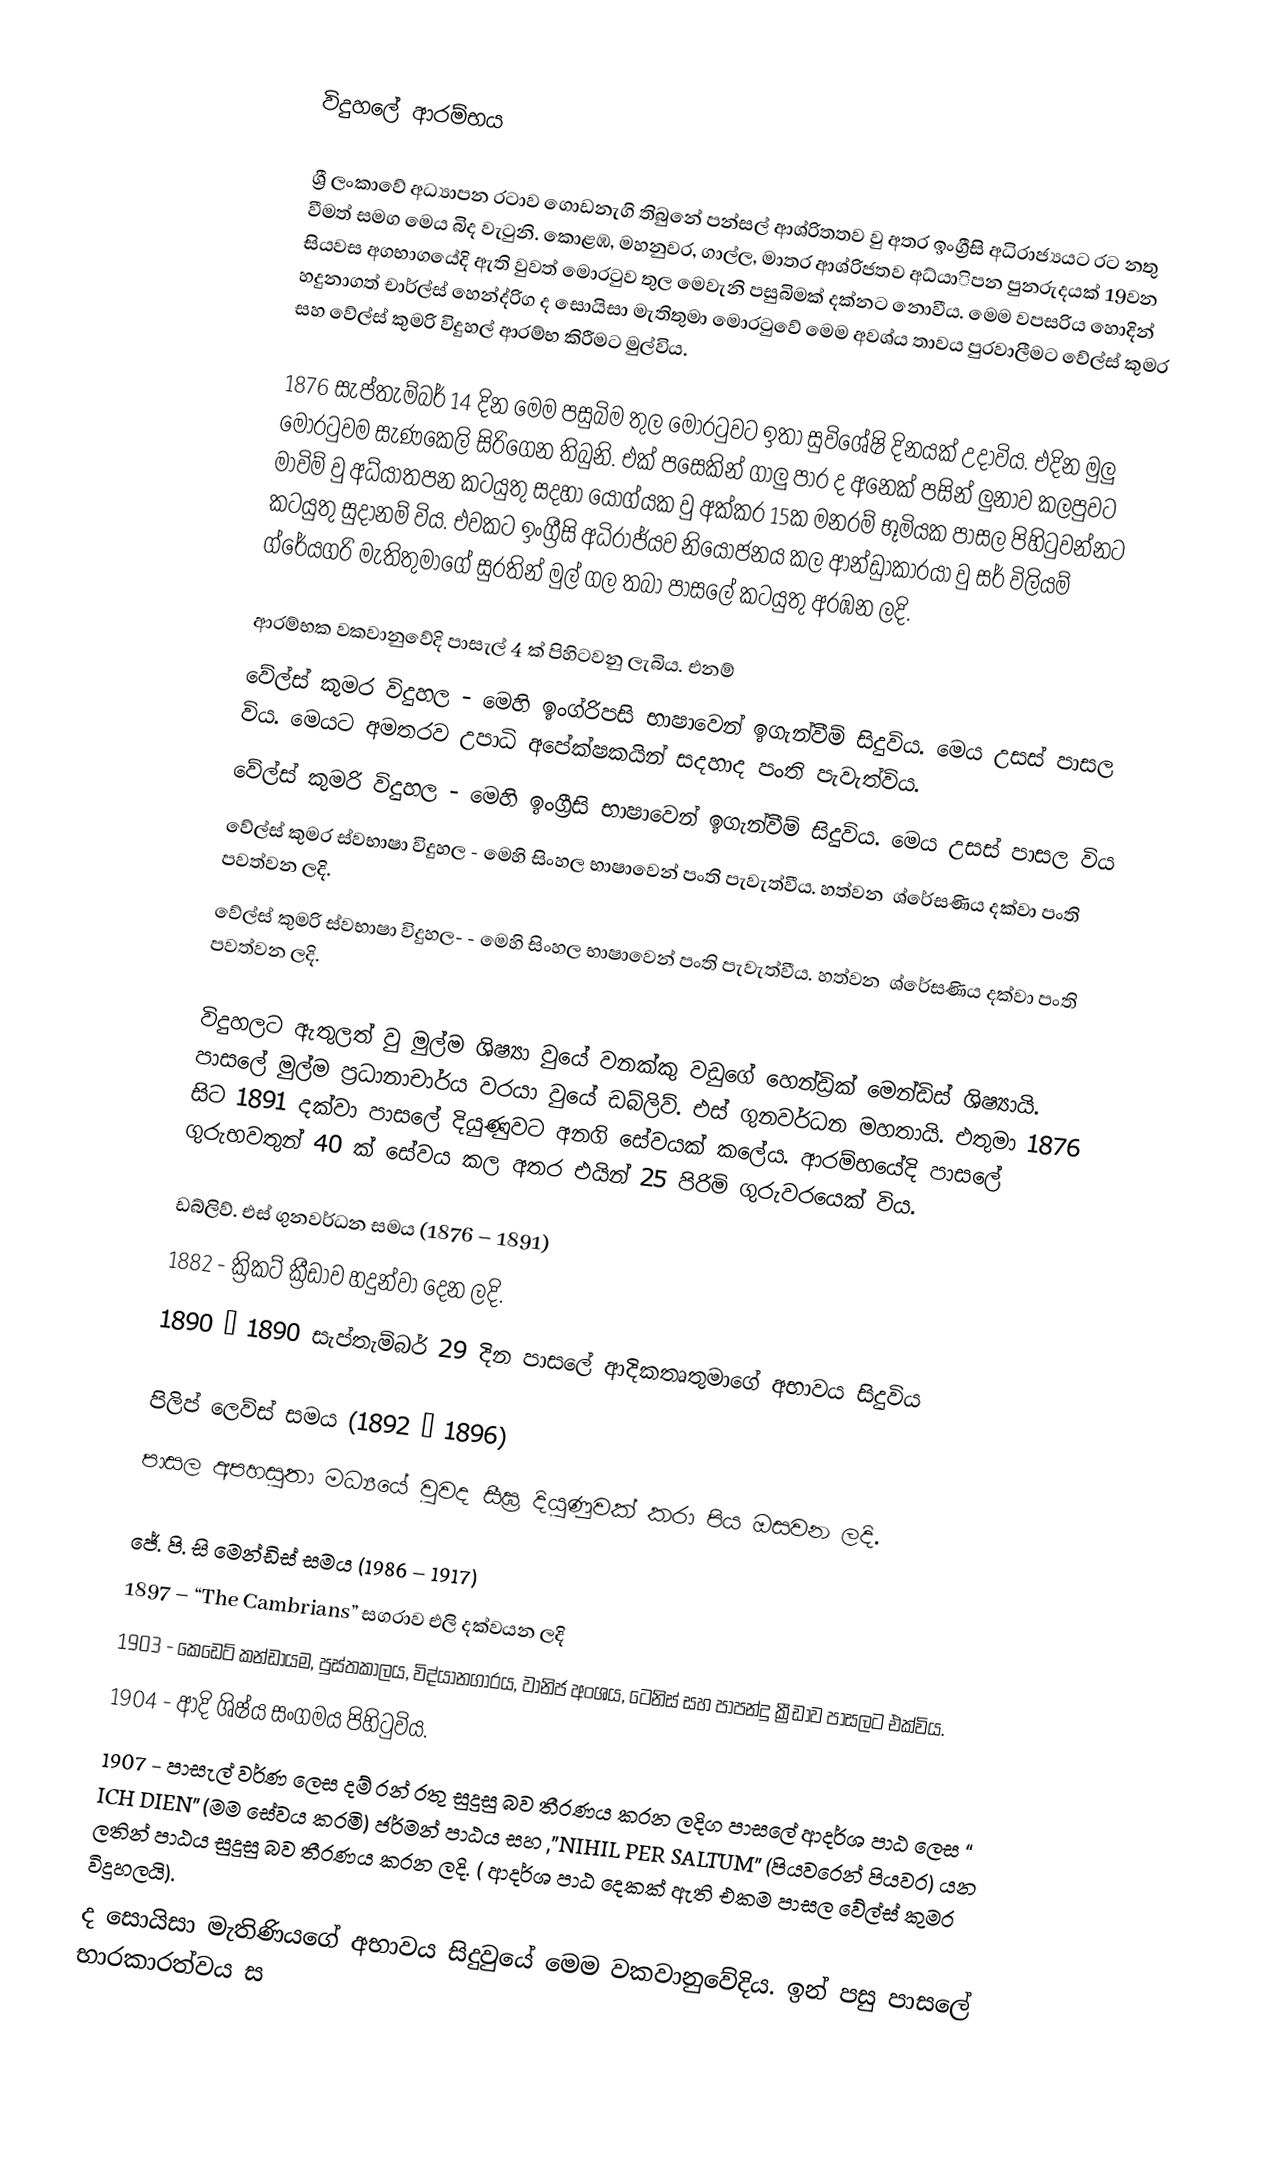

විදුහලේ ආරම්භය

ශ්‍රී ලංකා‍වේ අධ්‍යාපන රටාව ගොඩනැගි තිබුනේ පන්සල් ආශ්රිතතව වු අතර ඉංග්‍රීසි අධිරාජ්‍යයට රට නතු වීමත් සමග මෙය බිද වැටුනි. කොළඹ, මහනුවර, ගාල්ල, මාතර ආශ්රිජතව අධ්යාිපන පුනරුදයක් 19වන සියවස අගභාගයේදි ඇති වුවත් මොරටුව තුල මෙවැනි පසුබිමක් දක්නට නොවීය. මෙම වපසරිය හොදින් හදුනාගත් චාර්ල්ස් හෙන්ද්රිග ද සොයිසා මැතිතුමා මොරටුවේ මෙම අවශ්ය තාවය  පුරවාලීමට වේල්ස් කුමර සහ වේල්ස් කුමරි විදුහල් ආරම්භ කිරීම‍ට මුල්විය‍.

1876 සැප්තැම්බර් 14 දින මෙම පසුබිම තුල මොරටුවට ඉතා සුවිශේෂි දිනයක් උදාවිය. එදින මුලු මොරටුවම සැණකෙලි සිරිගෙන තිබුනි. එක් පසෙකින් ගාලු පාර ද අනෙක් පසින් ලුනාව කලපුවට මාවිම් වු අධ්යාතපන කටයුතු සදහා යොග්යක වු අක්කර 15ක මනරම් භූමියක පාසල පිහිටුවන්නට කටයුතු සුදානම් විය. එවකට ඉංග්‍රීසි අධිරා‍ජ්යව නියෝජනය කල ආන්ඩුාකාරයා වු සර් විලියම් ග්රේයගරි මැතිතුමාගේ සුරතින් මුල් ගල තබා පාසලේ කටයුතු අරඹන ලදි.

ආරම්භක වකවානුවේදි පාසැල් 4 ක් පිහි‍ටවනු ලැබිය. එනම්
වේල්ස් කුමර විදුහල - මෙහි ඉංග්රිපසි භාෂාවෙන් ඉගැන්වීම් සිදුවිය. මෙය උසස් පාසල විය. මෙය‍ට අමතරව උපාධි අපේක්ෂකයින් සදහාද පංති පැවැත්විය.
වේල්ස් කුමරි විදුහල - මෙහි ඉංග්‍රීසි භාෂාවෙන් ඉගැන්වීම් සිදුවිය. මෙය උසස් පාසල විය
වේල්ස් කුමර ස්වභාෂා විදුහල - මෙහි සිංහල භාෂාවෙන් පංති පැවැත්වීය. හත්වන ‍ ශ්රේසණිය දක්වා පංති පවත්වන ලදි.
වේල්ස් කුමරි ස්වභාෂා විදුහල- - මෙහි සිංහල භාෂාවෙන් පංති පැවැත්වීය. හත්වන ‍ ශ්රේසණිය දක්වා පංති පවත්වන ලදි.

විදුහල‍ට ඇතුලත් වු මුල්ම ශිෂ්‍යා වු‍යේ වනක්කු වඩුගේ හෙන්ඩ්‍රික් මෙන්ඩිස් ශිෂ්‍යායි. පාසලේ මුල්ම ප්‍රධානාචාර්ය වරයා වු‍යේ ඩබ්ලිව්. එස් ගුනවර්ධන මහතායි. එතුමා  1876 සිට 1891 දක්වා පාසලේ දියුණුවට අනගි සේවයක් කලේය. ආරම්භයේදි  පාසලේ ගුරුභවතුන් 40 ක් සේවය කල අතර එයින් 25 පිරිමි ගුරුවර‍යෙක් විය.

ඩබ්ලිව්. එස් ගුනවර්ධන සමය (1876 – 1891)
	1882 - ක්‍රිකට් ක්‍රීඩාව හදුන්වා දෙන ලදි.
	1890 – 1890 සැප්තැම්බර් 29 දින පාසලේ ආදිකතෘතුමා‍‍ගේ අභාවය සිදුවිය

පිලිප් ලෙව්ස් සමය (1892 – 1896)
	පාසල අපහසුතා මධ්‍යයේ වුවද සීඝ්‍ර දියුණුවක් කරා පිය ඔසවන ලදි.

ජේ. පි. සි මෙන්ඩිස් සමය (1986 – 1917)
	1897 – “The Cambrians”  සගරාව එලි දක්වයන ලදි
	1903  - කෙඩෙට් කන්ඩායම, පුස්තකාලය, විද්යානගාරය, වානිජ අංශය, ටෙනිස් සහ පාපන්දු ක්‍රීඩා‍ව පාසලට එක්විය.
	1904 - ආදි ශිෂ්ය  සංගමය පිහිටුවිය.
	1907 - පාසැල් වර්ණ ලෙස දම්  රන් රතු සුදුසු බව තීරණය කරන ලදිග පාසලේ ආදර්ශ පාඨ ලෙස “ ICH DIEN” (මම සේවය කරමි)  ජර්මන් පාඨය සහ ,”NIHIL PER SALTUM” (පියවරෙන් පියවර) යන ලතින් පාඨය සුදුසු බව තීරණය කරන ලදි. ( ආදර්ශ පාඨ දෙකක් ඇති එකම පාසල වේල්ස් කුමර විදුහලයි).
	ද සොයිසා මැතිණියගේ අභාවය සිදුවු‍යේ මෙම වකවානුවේදිය. ඉන් පසු පාසලේ භාරකාරත්වය ස